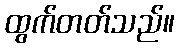
ထွက်တတ်သည်။